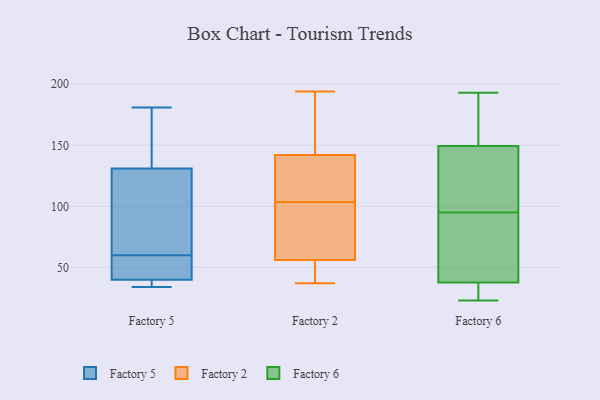
{"axis": {"x": "Latency (ms)", "y": "Value"}, "legend": ["Factory 2", "Factory 5", "Factory 6"], "data": [{"x": "", "y": 34, "type": "Factory 5"}, {"x": "", "y": 67, "type": "Factory 5"}, {"x": "", "y": 181, "type": "Factory 5"}, {"x": "", "y": 53, "type": "Factory 5"}, {"x": "", "y": 40, "type": "Factory 5"}, {"x": "", "y": 72, "type": "Factory 5"}, {"x": "", "y": 37, "type": "Factory 5"}, {"x": "", "y": 153, "type": "Factory 5"}, {"x": "", "y": 131, "type": "Factory 5"}, {"x": "", "y": 40, "type": "Factory 5"}, {"x": "", "y": 158, "type": "Factory 2"}, {"x": "", "y": 139, "type": "Factory 2"}, {"x": "", "y": 84, "type": "Factory 2"}, {"x": "", "y": 56, "type": "Factory 2"}, {"x": "", "y": 111, "type": "Factory 2"}, {"x": "", "y": 86, "type": "Factory 2"}, {"x": "", "y": 192, "type": "Factory 2"}, {"x": "", "y": 194, "type": "Factory 2"}, {"x": "", "y": 54, "type": "Factory 2"}, {"x": "", "y": 96, "type": "Factory 2"}, {"x": "", "y": 192, "type": "Factory 2"}, {"x": "", "y": 37, "type": "Factory 2"}, {"x": "", "y": 69, "type": "Factory 2"}, {"x": "", "y": 137, "type": "Factory 2"}, {"x": "", "y": 136, "type": "Factory 2"}, {"x": "", "y": 44, "type": "Factory 2"}, {"x": "", "y": 55, "type": "Factory 2"}, {"x": "", "y": 142, "type": "Factory 2"}, {"x": "", "y": 193, "type": "Factory 6"}, {"x": "", "y": 134, "type": "Factory 6"}, {"x": "", "y": 39, "type": "Factory 6"}, {"x": "", "y": 127, "type": "Factory 6"}, {"x": "", "y": 57, "type": "Factory 6"}, {"x": "", "y": 27, "type": "Factory 6"}, {"x": "", "y": 173, "type": "Factory 6"}, {"x": "", "y": 23, "type": "Factory 6"}, {"x": "", "y": 59, "type": "Factory 6"}, {"x": "", "y": 34, "type": "Factory 6"}, {"x": "", "y": 121, "type": "Factory 6"}, {"x": "", "y": 157, "type": "Factory 6"}, {"x": "", "y": 23, "type": "Factory 6"}, {"x": "", "y": 147, "type": "Factory 6"}, {"x": "", "y": 191, "type": "Factory 6"}, {"x": "", "y": 95, "type": "Factory 6"}, {"x": "", "y": 52, "type": "Factory 6"}]}